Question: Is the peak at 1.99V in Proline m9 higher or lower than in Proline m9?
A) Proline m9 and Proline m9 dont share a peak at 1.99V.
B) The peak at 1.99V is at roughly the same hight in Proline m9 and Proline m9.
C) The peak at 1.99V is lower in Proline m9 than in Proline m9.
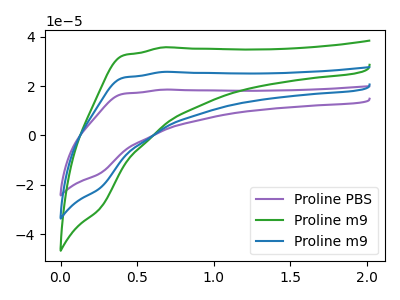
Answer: <think>The purple curve "Proline PBS" has no peaks. The green curve "Proline m9" has no peaks. The blue curve "Proline m9" has no peaks.</think>
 <answer>A) "Proline m9" and "Proline m9" dont share a peak at 1.99V.</answer>
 <eval>A</eval>